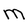
Character: M